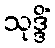
သုဒ္ဒိံ